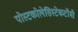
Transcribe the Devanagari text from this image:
पोस्टकोलेसिस्टेकटॉमी